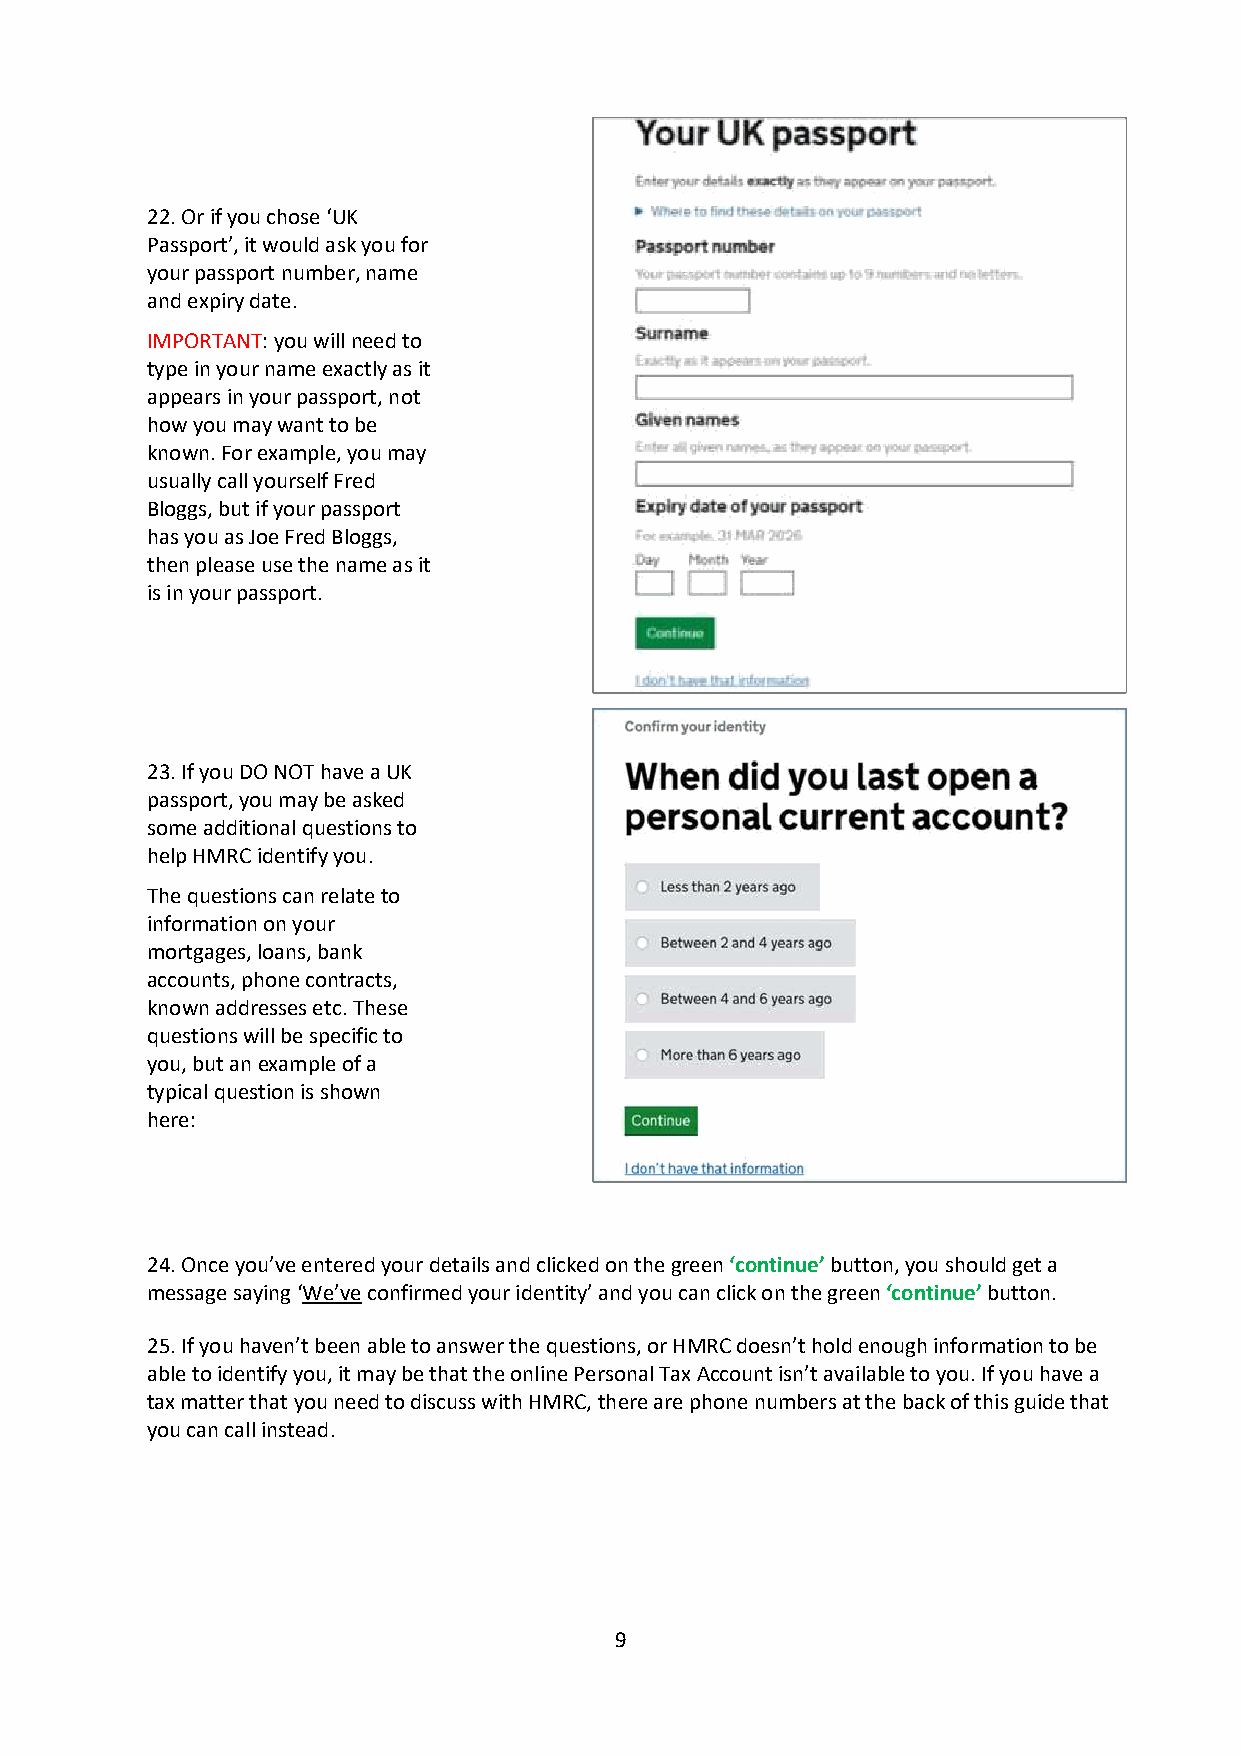
22. Or if you chose ‘UK
 Passport’, it would ask you for
 your passport number, name
 and expiry date.
 IMPORTANT: you will need to
 type in your name exactly as it
 appears in your passport, not
 how you may want to be
 known. For example, you may
 usually call yourself Fred
 Bloggs, but if your passport
 has you as Joe Fred Bloggs,
 then please use the name as it
 is in your passport.
 23. If you DO NOT have a UK
 passport, you may be asked
 some additional questions to
 help HMRC identify you.
 The questions can relate to
 information on your
 mortgages, loans, bank
 accounts, phone contracts,
 known addresses etc. These
 questions will be specific to
 you, but an example of a
 typical question is shown
 here:
 24. Once you’ve entered your details and clicked on the green ‘continue’ button, you should get a
 message saying ‘We’ve confirmed your identity’ and you can click on the green ‘continue’ button.
 25. If you haven’t been able to answer the questions, or HMRC doesn’t hold enough information to be
 able to identify you, it may be that the online Personal Tax Account isn’t available to you. If you have a
 tax matter that you need to discuss with HMRC, there are phone numbers at the back of this guide that
 you can call instead.
 9